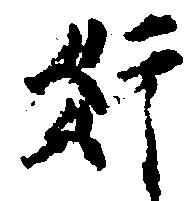
奸